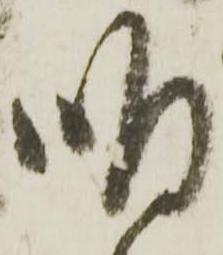
明